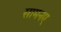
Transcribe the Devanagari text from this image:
सामनए